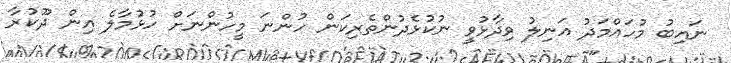
ނައިބު މުހައްމަދު އަނިލު ވިދާޅުވީ ނުކުޅެދުންތެރިކަން ހުންނަ މީހުންނަށް ހުޅުމާލެ އިން ދޫކުރާ